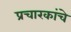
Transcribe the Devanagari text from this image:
प्रचारकांचे